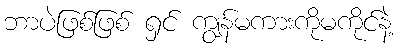
ဘာပဲဖြစ်ဖြစ် ရှင် ကျွန်မကားကိုမကိုင်နဲ့